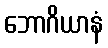
ဘောဂိယာနံ